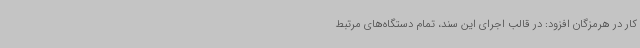
کار در هرمزگان افزود: در قالب اجرای این سند، تمام دستگاه‌های مرتبط